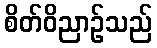
စိတ်ဝိညာဉ်သည်